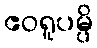
ဧဝရူပမ္ပိ